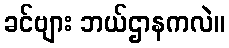
ခင်ဗျား ဘယ်ဌာနကလဲ။